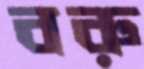
বরু